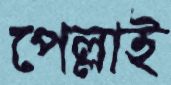
পেল্লাই